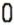
0